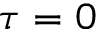
\tau = 0